Indian journal of veterinary science and animal husbandry - Volumes 15-17, 1948-1951
Year: 1948
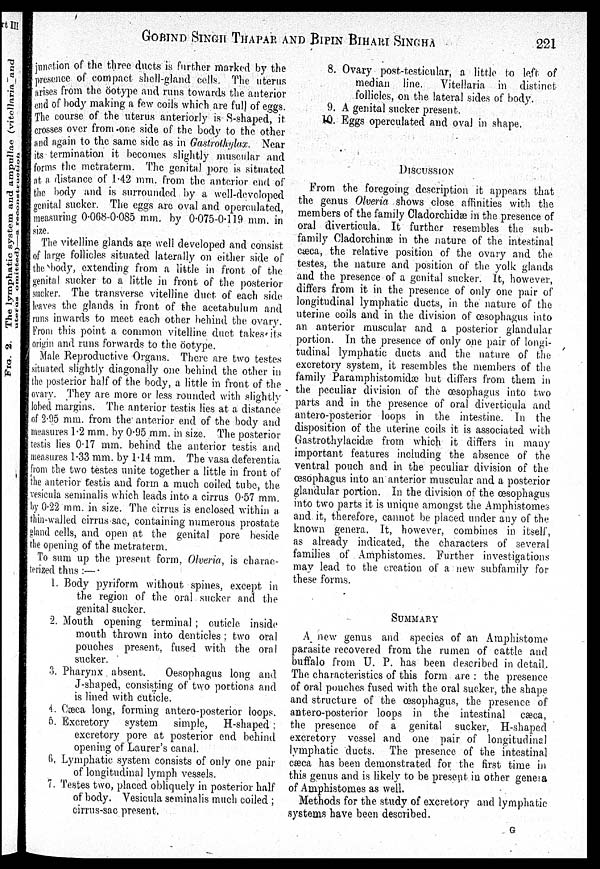
GOBIND SINGH THAPAR AND BIPIN BIHARI SINGHA 221
junction of the three ducts is further marked by the
presence of compact shell-gland cells. The uterus
arises from the öotype and runs towards the anterior
end of body making a few coils which are full of eggs.
The course of the uterus anteriorly is S-shaped, it
crosses over from one side of the body to the other
and again to the same side as in Gastrothylax. Near
its termination it becomes slightly muscular and
forms the metraterm. The genital pore is situated
at a distance of 1.42 mm. from the anterior end of
the body and is surrounded by a well-developed
genital sucker. The eggs are oval and operculated,
measuring 0.068-0.085 mm. by 0.075-0.119 mm. in
size.
The vitelline glands are well developed and consist
of large follicles situated laterally on either side of
the body, extending from a little in front of the
genital sucker to a little in front of the posterior
sucker. The transverse vitelline duct of each side
leaves the glands in front of the acetabulum and
runs inwards to meet each other behind the ovary.
From this point a common vitelline duct takes its
origin and runs forwards to the öotype.
Male Reproductive Organs. There are two testes
situated slightly diagonally one behind the other in
the posterior half of the body, a little in front of the
ovary. They are more or less rounded with slightly
lobed margins. The anterior testis lies at a distance
of 2.95 mm. from the anterior end of the body and
measures 1.2 mm. by 0.95 mm. in size. The posterior
testis lies 0.17 mm. behind the anterior testis and
measures 1.33 mm. by 1.14 mm. The vasa deferentia
from the two testes unite together a little in front of
the anterior testis and form a much coiled tube, the
vesicula seminalis which leads into a cirrus 0.57 mm.
by 0.22 mm. in size. The cirrus is enclosed within a
thin-walled cirrus-sac, containing numerous prostate
gland cells, and open at the genital pore beside
the opening of the metraterm.
To sum up the present form, Olveria, is charac-
terized thus :—
1. Body pyriform without spines, except in
the region of the oral sucker and the
genital sucker.
2. Mouth opening terminal ; cuticle inside
mouth thrown into denticles ; two oral
pouches present, fused with the oral
sucker.
3. Pharynx absent.
Oesophagus long and
J-shaped, consisting of two portions and
is lined with cuticle.
4. Cæca long, forming antero-posterior loops.
5. Excretory system simple, H-shaped ;
excretory pore at posterior end behind
opening of Laurer's canal.
6. Lymphatic system consists of only one pair
of longitudinal lymph vessels.
7. Testes two, placed obliquely in posterior half
of body. Vesicula seminalis much coiled ;
cirrus-sac present.
8. Ovary post-testicular, a little to left of
median line. Vitellaria in distinct
follicles, on the lateral sides of body.
9. A genital sucker present.
10. Eggs operculated and oval in shape.
DISCUSSION
From the foregoing description it appears that
the genus Olveria shows close affinities with the
members of the family Cladorchidæ in the presence of
oral diverticula. It further resembles the sub-
family Cladorchinæ in the nature of the intestinal
cæca, the relative position of the ovary and the
testes, the nature and position of the yolk glands
and the presence of a genital sucker. It, however,
differs from it in the presence of only one pair of
longitudinal lymphatic ducts, in the nature of the
uterine coils and in the division of œsophagus into
an anterior muscular and a posterior glandular
portion. In the presence of only one pair of longi-
tudinal lymphatic ducts and the nature of the
excretory system, it resembles the members of the
family Paramphistomidæ) but differs from them in
the peculiar division of the œsophagus into two
parts and in the presence of oral diverticula and
antero-posterior loops in the intestine. In the
disposition of the uterine coils it is associated with
Gastrothylacidæ from which it differs in many
important features including the absence of the
ventral pouch and in the peculiar division of the
œsophagus into an anterior muscular and a posterior
glandular portion. In the division of the œsophagus
into two parts it is unique amongst the Amphistomes
and. it, therefore, cannot be placed under any of the
known genera. It, however, combines in itself,
as already indicated, the characters of several
families of Amphistomes. Further investigations
may lead to the creation of a new subfamily for
these forms.
SUMMARY
A new genus and species of an Amphistome
parasite recovered from the rumen of cattle and
buffalo from U. P. has been described in detail..
The characteristics of this form are : the presence
of oral pouches fused with the oral sucker, the shape
and structure of the œsophagus, the presence of
antero-posterior loops in the intestinal cæca,
the presence of a genital sucker, H-shaped
excretory vessel and one pair of longitudinal
lymphatic ducts. The presence of the intestinal
cæca has been demonstrated for the first time in
this genus and is likely to be present in other geneia
of Amphistomes as well.
Methods for the study of excretory and lymphatic
systems have been described.
G